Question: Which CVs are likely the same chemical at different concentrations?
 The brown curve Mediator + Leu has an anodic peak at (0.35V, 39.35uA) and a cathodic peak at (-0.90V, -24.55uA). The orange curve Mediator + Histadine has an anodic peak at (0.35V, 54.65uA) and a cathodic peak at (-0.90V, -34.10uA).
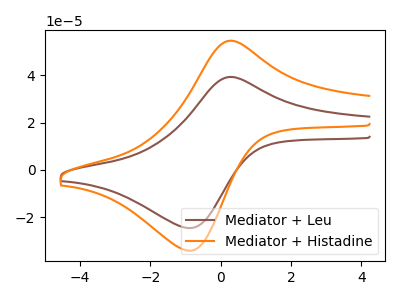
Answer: <think>All the peaks in "Mediator + Leu" have a peak in "Mediator + Histadine" at the same potential. Every peak in "Mediator + Leu" is lower than every peak in "Mediator + Histadine".
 </think>
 <answer>"Mediator + Leu" and "Mediator + Histadine" have the same shape and are likely CV's of the same chemical.</answer>
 <eval>"Mediator + Leu" "Mediator + Histadine"</eval>